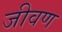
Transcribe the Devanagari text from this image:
जीवण